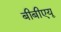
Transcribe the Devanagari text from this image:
बीबीएयू